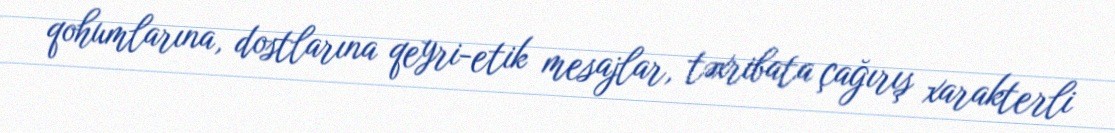
qohumlarına, dostlarına qeyri-etik mesajlar, təxribata çağırış xarakterli